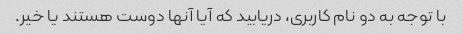
با توجه به دو نام کاربری، دریابید که آیا آنها دوست هستند یا خیر.